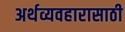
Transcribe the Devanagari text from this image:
अर्थव्यवहारासाठी